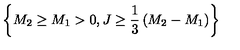
\left\{ M _ { 2 } \ge M _ { 1 } > 0 , J \ge { \frac { 1 } { 3 } } \left( M _ { 2 } - M _ { 1 } \right) \right\}